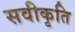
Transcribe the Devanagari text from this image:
सवीकृति